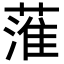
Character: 𦹏